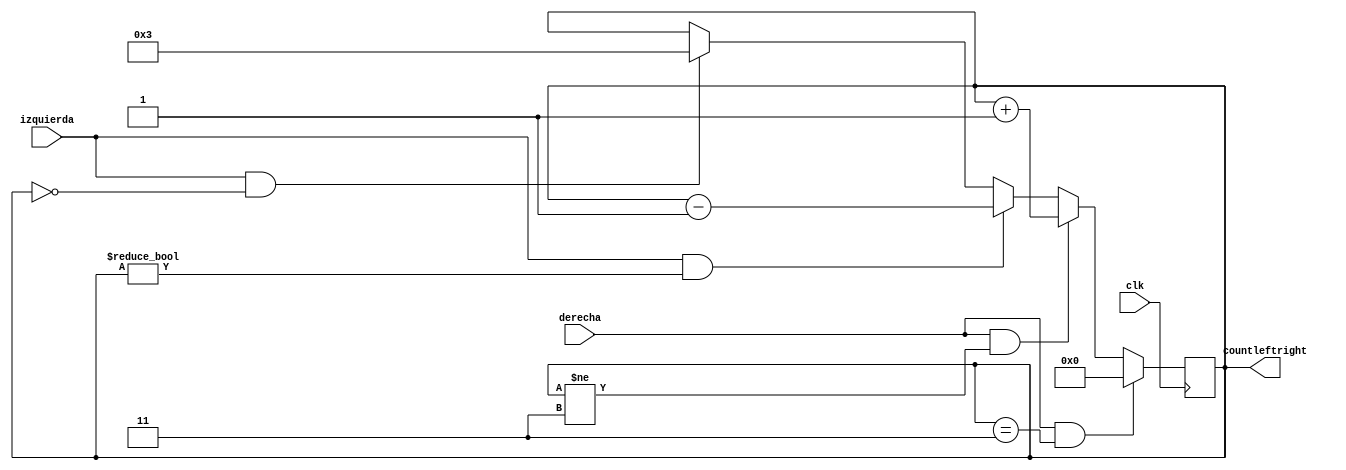
`timescale 1ns / 10ps

module countleftright(
		input wire clk,
		input wire izquierda, derecha,
		output reg [7:0] countleftright
    );
	 
initial countleftright = 0;

always @(posedge clk) begin
	if ((derecha)&&(countleftright == 3))
		countleftright = 0;
	else if ((derecha)&&(countleftright != 3))
		countleftright = countleftright + 1'b1;
	else if ((izquierda)&&(countleftright != 0)) 
		countleftright = countleftright - 1'b1;
	else if ((izquierda)&&(countleftright == 0))
		countleftright = 3;
end

endmodule